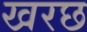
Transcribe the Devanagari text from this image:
खरछ